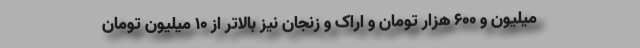
میلیون و ۶۰۰ هزار تومان و اراک و زنجان نیز بالاتر از ۱۰ میلیون تومان